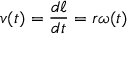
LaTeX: v ( t ) = { \frac { d \ell } { d t } } = r \omega ( t )